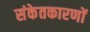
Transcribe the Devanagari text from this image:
संकेतकारणों